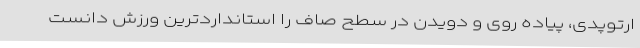
ارتوپدی، پیاده روی و دویدن در سطح صاف را استانداردترین ورزش دانست